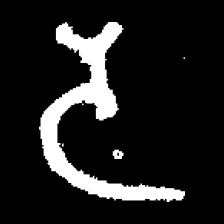
Pyu character \u2014 Myanmar letter: ဒ (romanized: da)